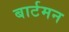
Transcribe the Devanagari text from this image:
बार्टमन